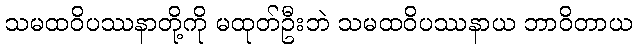
သမထဝိပဿနာတို့ကို မထုတ်ဦးဘဲ သမထဝိပဿနာယ ဘာဝိတာယ